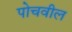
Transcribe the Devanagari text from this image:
पोचवील